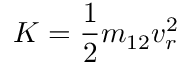
K = \frac { 1 } { 2 } m _ { 1 2 } v _ { r } ^ { 2 }